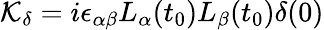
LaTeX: {\cal K}_{\delta}=i\epsilon_{\alpha\beta}L_{\alpha}(t_{0})L_{\beta}(t_{0})\delta(0)